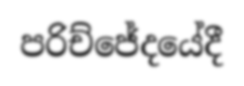
පරිච්ජේදයේදී